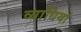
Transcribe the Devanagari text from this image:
व्‍याधियां